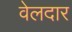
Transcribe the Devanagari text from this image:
वेलदार